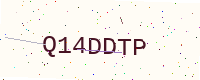
Text: Q14DDTP